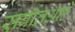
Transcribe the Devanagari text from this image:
सर्वातआहे